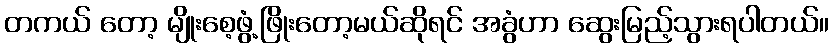
တကယ် တော့ မျိုးစေ့ဖွံ့ဖြိုးတော့မယ်ဆိုရင် အခွံဟာ ဆွေးမြည့်သွားရပါတယ်။